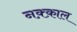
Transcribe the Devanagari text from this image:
नक़्क़ाल